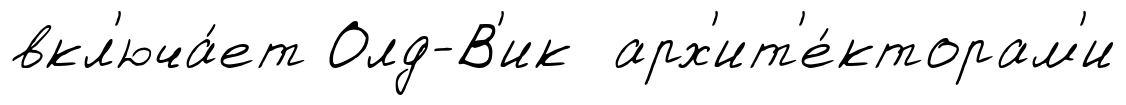
вкл'юча́ет Олд-В'ик арх'ит'е́кторам'и